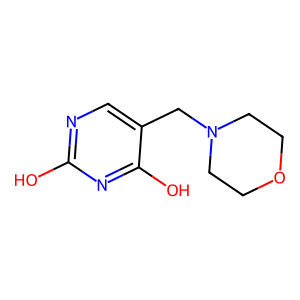
SMILES: Oc1ncc(CN2CCOCC2)c(O)n1
Inhibits HIV replication: No